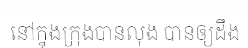
នៅក្នុងក្រុងបានលុង បានឲ្យដឹង